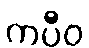
ကပီဝ